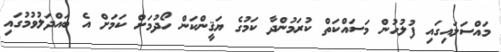
މައްސަލައިގައި ފުލުހުން މަސައްކަތް ކުރަމުންދާ ކަމުގެ ޔަޤީންކަން ހޯދުމަށް ކަމަށް އެ ބައްދަލުވުމުގައި